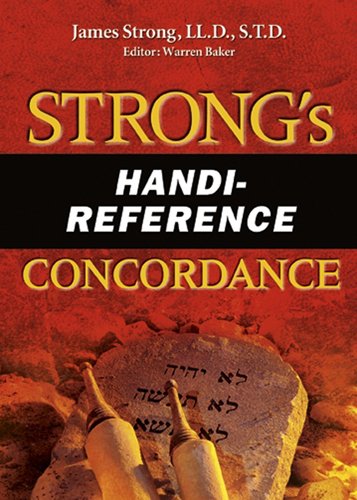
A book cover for Strong's Handi-Reference Concordance (AMG Handi-Reference Series); James Strong; Christian Books & Bibles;